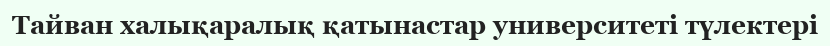
Тайван халықаралық қатынастар университеті түлектері